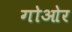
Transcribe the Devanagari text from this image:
गोओर